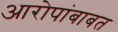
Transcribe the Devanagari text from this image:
आरोपांबाबत